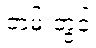
တမ်းတွင်